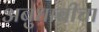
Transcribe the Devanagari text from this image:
अबुधाबीचा